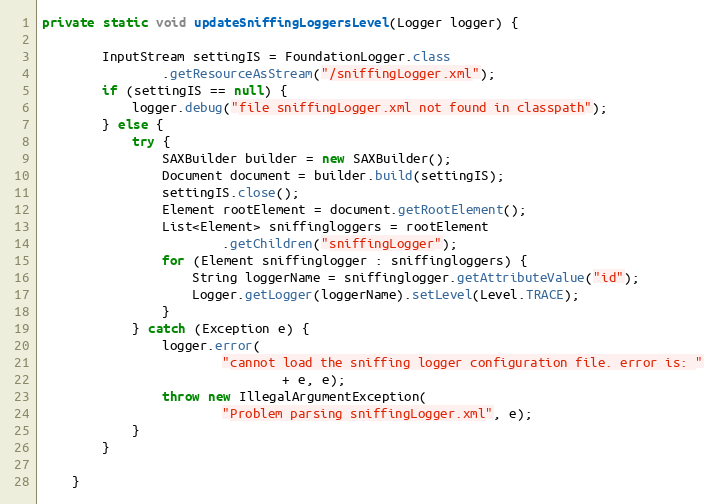
Language: Java
private static void updateSniffingLoggersLevel(Logger logger) {

		InputStream settingIS = FoundationLogger.class
				.getResourceAsStream("/sniffingLogger.xml");
		if (settingIS == null) {
			logger.debug("file sniffingLogger.xml not found in classpath");
		} else {
			try {
				SAXBuilder builder = new SAXBuilder();
				Document document = builder.build(settingIS);
				settingIS.close();
				Element rootElement = document.getRootElement();
				List<Element> sniffingloggers = rootElement
						.getChildren("sniffingLogger");
				for (Element sniffinglogger : sniffingloggers) {
					String loggerName = sniffinglogger.getAttributeValue("id");
					Logger.getLogger(loggerName).setLevel(Level.TRACE);
				}
			} catch (Exception e) {
				logger.error(
						"cannot load the sniffing logger configuration file. error is: "
								+ e, e);
				throw new IllegalArgumentException(
						"Problem parsing sniffingLogger.xml", e);
			}
		}

	}